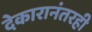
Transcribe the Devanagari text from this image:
देकारानंतरही